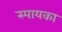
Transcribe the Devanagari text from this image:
स्पायका